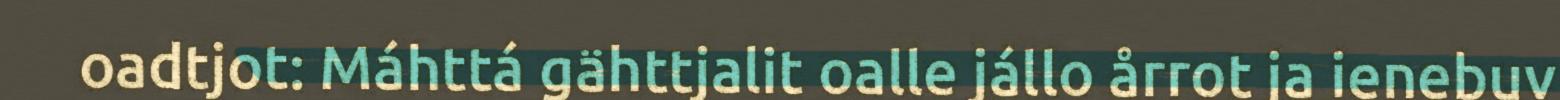
oadtjot: Máhttá gähttjalit oalle jállo årrot ja ienebuv